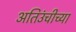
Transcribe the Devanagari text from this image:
अतिउंचीच्या